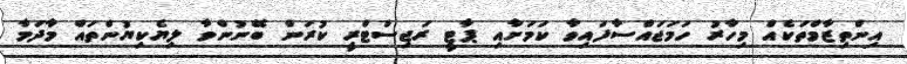
އިންތިޒާމްތަކެއް މިހާރު ހަމަޖައްސާފައިވާ ކަމަށާއި ޕާޓީ ރަޖިސްޓްރީ ކުރަން ބޭނުންވާ ލިޔެކިޔުންތައް މާދަމާ